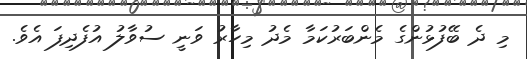
މި ދެ ބޭފުޅުންގެ މެންބަރުކަމާ މެދު މިހާރު ވަނީ ސުވާލު އުފެދިފަ އެވެ.